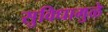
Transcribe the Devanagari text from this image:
सुविधामुळे